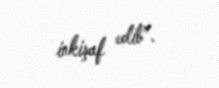
inkişaf edib”.